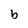
Character: b